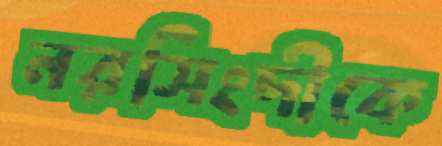
নরসিংদীকে